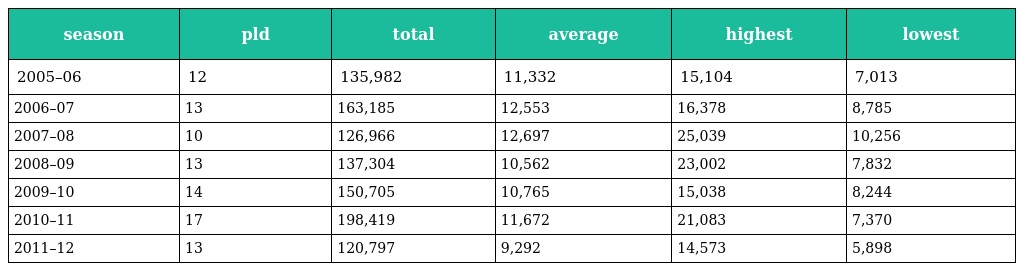
| season | pld | total | average | highest | lowest |
 | --- | --- | --- | --- | --- | --- |
 | 2005–06 | 12 | 135,982 | 11,332 | 15,104 | 7,013 |
 | 2006–07 | 13 | 163,185 | 12,553 | 16,378 | 8,785 |
 | 2007–08 | 10 | 126,966 | 12,697 | 25,039 | 10,256 |
 | 2008–09 | 13 | 137,304 | 10,562 | 23,002 | 7,832 |
 | 2009–10 | 14 | 150,705 | 10,765 | 15,038 | 8,244 |
 | 2010–11 | 17 | 198,419 | 11,672 | 21,083 | 7,370 |
 | 2011–12 | 13 | 120,797 | 9,292 | 14,573 | 5,898 |